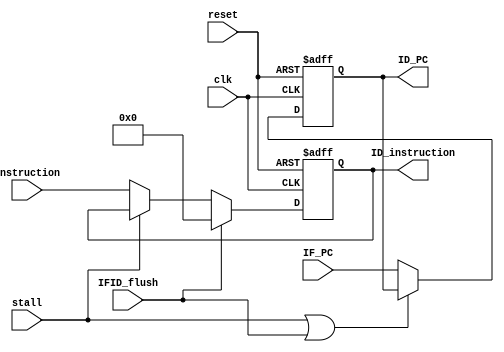
module IFID_reg(clk,reset,stall,IFID_flush,instruction,IF_PC,ID_instruction,ID_PC);
input clk,reset,IFID_flush,stall;
input [31:0]IF_PC,instruction;
output reg[31:0]ID_PC,ID_instruction;

always@(posedge reset or posedge clk) begin
    if(reset) begin
        ID_PC<=32'h80000000;
        ID_instruction<=32'b0;
    end
    else begin
        ID_PC<= (stall|IFID_flush) ? ID_PC:IF_PC;
        ID_instruction<= (IFID_flush) ? 32'b0:
                        (stall) ? ID_instruction:instruction;
    end
end
endmodule